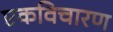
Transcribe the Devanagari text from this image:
एकविचारण